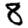
Digit: 8